Civil Veterinary Department Bengal reports 1933-51 - 1933-1951
Year: 1933
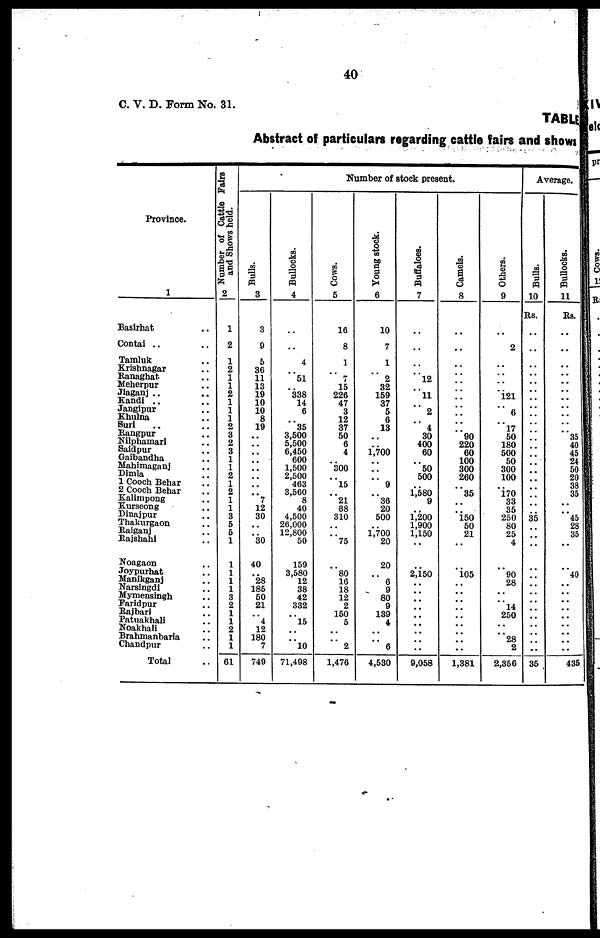
40
C. V. D. Form No. 31.
TABLE
Abstract of particulars regarding cattle fairs and shows
Province.
1
Basirhat ..
Contai .. ..
Tamluk ..
Krishnagar ..
Ranaghat ..
Meherpur ..
Jiaganj .. ..
Kandi .. ..
Jangipur ..
Khulna ..
Suri .. ..
Rangpur .. ..
Nilphamari ..
Saidpur ..
Gaibandha ..
Mahimaganj ..
Dimla ..
1 Cooch Behar ..
2 Cooch Behar ..
Kalimpong ..
Kurseong ..
Dinajpur ..
Thakurgaon ..
Raiganj ..
Rajshahi ..
Noagaon ..
Joypurhat ..
Manikganj ..
Narsingdi ..
Mymensingh ..
Faridpur ..
Rajbari ..
Patuakhali ..
Noakhali ..
Brahmanbaria ..
Chandpur ..
Total ..
Number of Cattle Fairs
and Shows held.
2
1
2
1
2
1
1
2
1
1
1
2
3
2
3
1
1
2
1
2
1
1
3
5
5
1
1
1
1
1
3
2
1
1
2
1
1
61
Number of stock present.
Bulls.
3
3
9
5
36
11
13
19
10
10
8
19
..
..
..
..
..
..
..
.. 7
12
30
..
.. 30
40
.. 28
185
50
21
.. 4
12
180
7
749
Bullocks.
4
..
..
4
.. 51
.. 338
14
6
.. 35
3,500
5,500
6,450
600
1,500
2,500
463
3,560
8
40
4,500
26,000
12,800
50
159
3,580
12
38
42
332
.. l5
..
.. l0
71,498
Cows.
5
16
8
1
..
7
15
226
47
3
12
37
50
6
4
.. 300
.. l5
.. 21
38
310
..
.. 75
..
80
16
18
12
2
150
5
..
..
2
1,476
Young stock.
6
10
7
1
..
2
32
159
37
5
6
13
..
.. 1,700
..
..
..
9
.. 36
20
500
.. 1,700
20
20
..
6
9
80
9
139
4
..
..
6
4,530
Buffaloes.
7
..
..
..
.. l2
.. 11
..
2
..
4
30
400
60
.. 50
500
.. 1,580
9
.. 1,200
1,900
1,150
..
..
2,150
..
..
..
..
..
..
..
..
..
9,058
Camels.
8
..
..
..
..
..
..
..
..
..
..
.. 90
220
60
100
300
260
.. 35
..
.. 150
50
21
..
..
105
..
..
..
..
..
..
..
..
..
1,381
Others.
9
..
2
..
..
..
.. 121
..
6
.. l7
50
180
500
50
300
100
.. 170
33
35
250
80
25
4
..
90
28
..
.. l4
250
..
.. 28
2
2,356
Average.
Bulls.
10
Rs.
..
..
..
..
..
..
..
..
..
..
..
..
..
..
..
..
..
..
..
..
.. 35
..
..
..
..
..
..
..
..
..
..
..
..
..
..
35
Bullocks.
11
Rs.
..
..
..
..
..
..
..
..
..
..
.. 35
40
45
24
50
20
38
35
..
.. 45
28
35
..
..
40
..
.. ..
..
..
..
..
.. ..
435